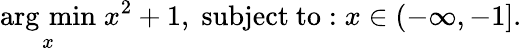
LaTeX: {\underset{x}{\operatorname{arg\, min}}}\; x^{2}+1,\; {\mathrm{subject~to:}}\; x\in(-\infty,-1].